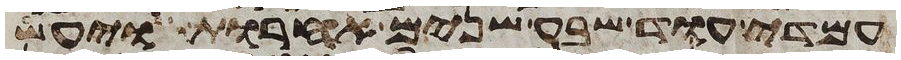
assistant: עמדי עוד שבע שנים אחרות ויעש